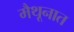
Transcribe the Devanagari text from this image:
मैथूनात